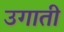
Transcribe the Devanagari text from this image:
उगाती